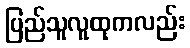
ပြည်သူလူထုကလည်း